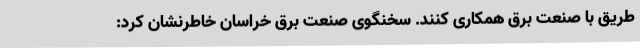
طریق با صنعت برق همکاری کنند. سخنگوی صنعت برق خراسان خاطرنشان کرد: